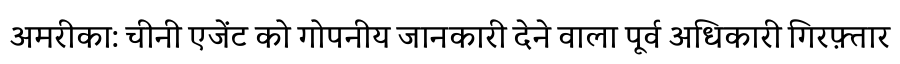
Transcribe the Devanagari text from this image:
अमरीका: चीनी एजेंट को गोपनीय जानकारी देने वाला पूर्व अधिकारी गिरफ़्तार